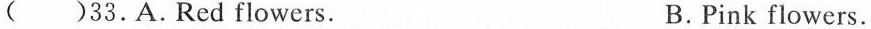
( )33.A.Red flowers. B.Pink flowers.